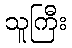
သူကြီး